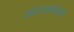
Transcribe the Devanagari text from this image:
आंतरसंबंधांची